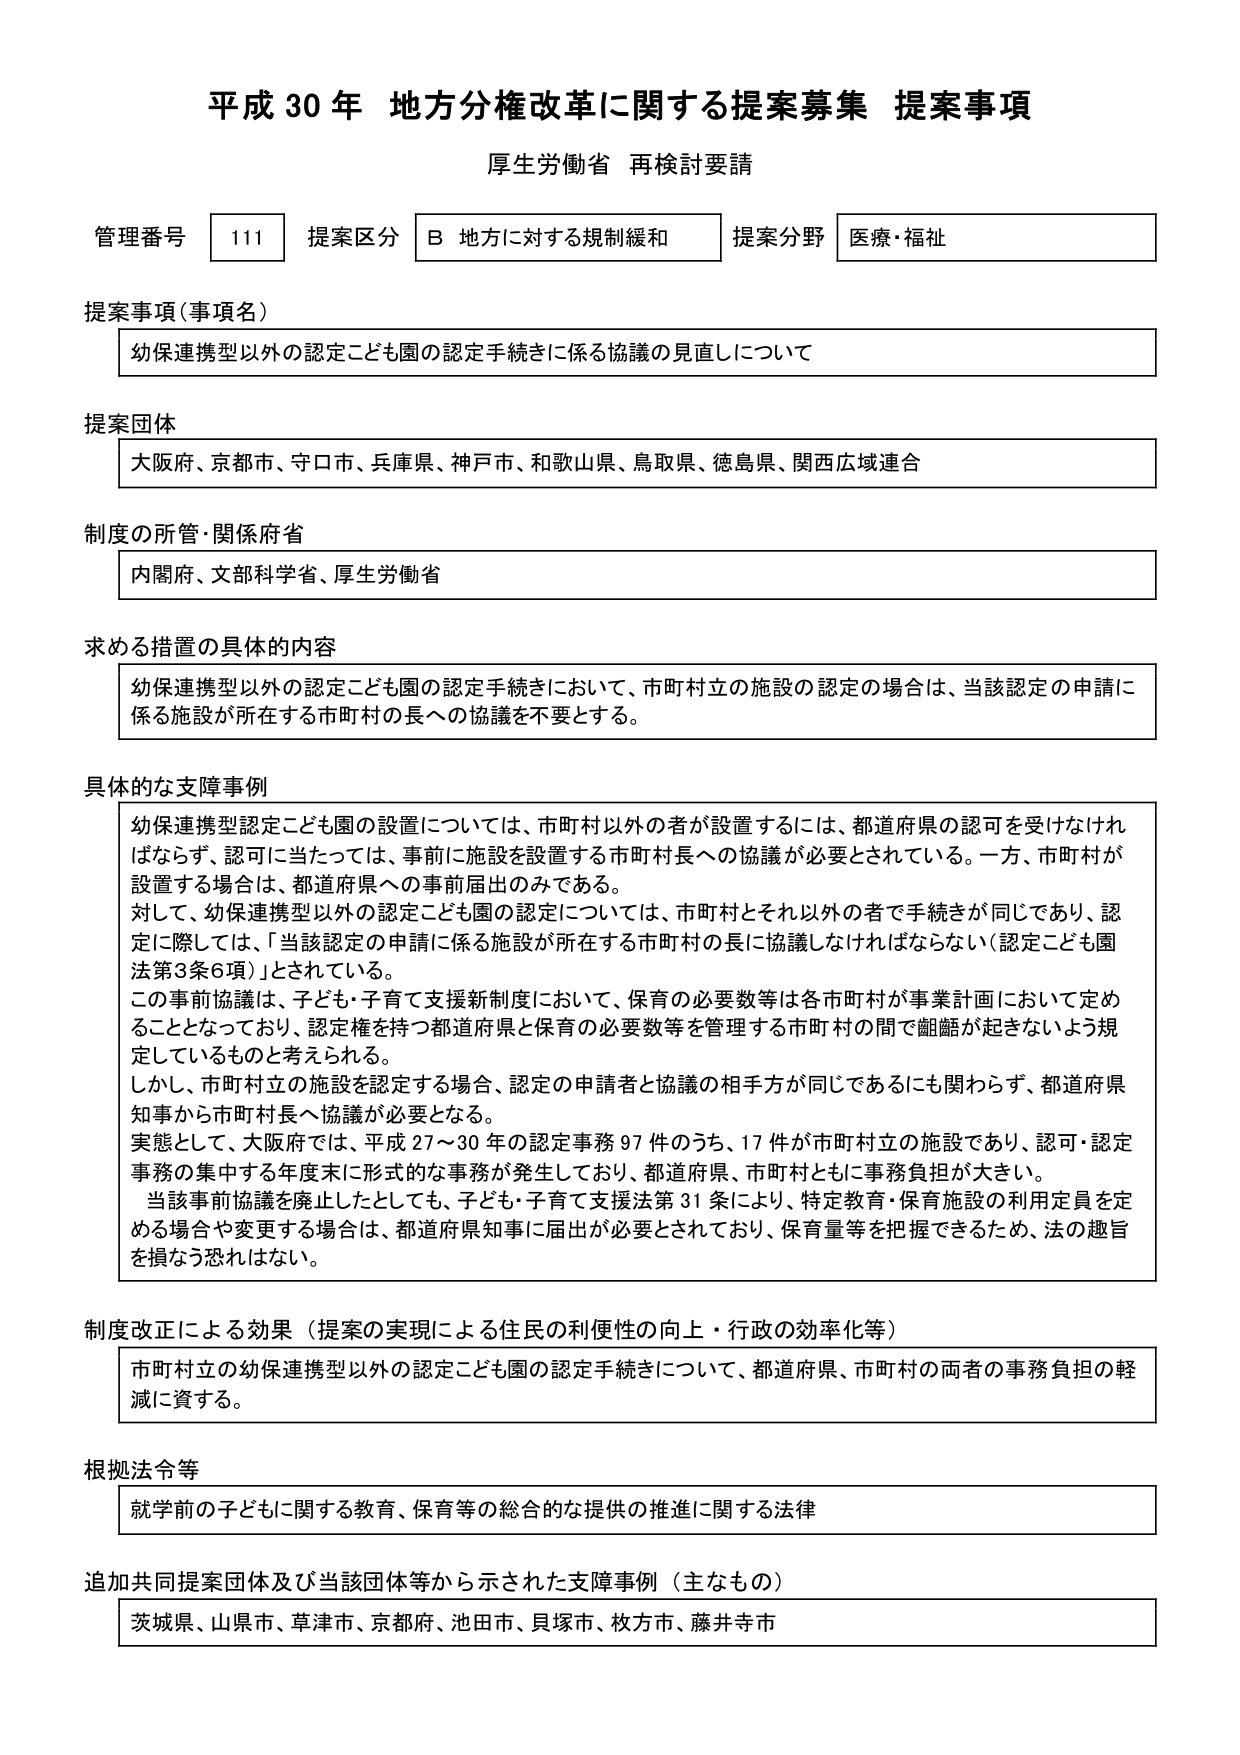
平成30年 地方分権改革に関する提案募集 提案事項
厚生労働省 再検討要請

管理番号 111 提案区分 B 地方に対する規制緩和 提案分野 医療・福祉

提案事項（事項名）
幼保連携型以外の認定こども園の認定手続きに係る協議の見直しについて

提案団体
大阪府、京都市、守口市、兵庫県、神戸市、和歌山県、鳥取県、徳島県、関西広域連合

制度の所管・関係府省
内閣府、文部科学省、厚生労働省

求める措置の具体的内容
幼保連携型以外の認定こども園の認定手続きにおいて、市町村立の施設の認定の場合は、当該認定の申請に係る施設が所在する市町村の長への協議を不要とする。

具体的な支障事例
幼保連携型認定こども園の設置については、市町村以外の者が設置するには、都道府県の認可を受けなければならないず、認可に当たっては、事前に施設を設置する市町村長への協議が必要とされている。一方、市町村が設置する場合は、都道府県への事前届出のみである。
対して、幼保連携型以外の認定こども園の認定については、市町村とそれ以外の者で手続きが同じであり、認定に際しては、「当該認定の申請に係る施設が所在する市町村の長に協議しなければならない（認定こども園法第3条6項）」とされている。
この事前協議は、子ども・子育て支援新制度において、保育の必要数等は各市町村が事業計画において定めることとなっており、認定権を持つ都道府県と保育の必要数等を管理する市町村の間で齟齬が起きないよう規定しているものと考えられる。
しかし、市町村立の施設を認定する場合、認定の申請者と協議の相手方が同じであるにも関わらず、都道府県知事から市町村長へ協議が必要となる。
実態として、大阪府では、平成27～30年の認定事務97件のうち、17件が市町村立の施設であり、認可・認定事務の集中する年度末に形式的な事務が発生しており、都道府県、市町村ともに事務負担が大きい。
当該事前協議を廃止したとしても、子ども・子育て支援法第31条により、特定教育・保育施設の利用定員を定める場合や変更する場合は、都道府県知事に届出が必要とされており、保育量等を把握できるため、法の趣旨を損なう恐れはない。

制度改正による効果（提案の実現による住民の利便性の向上・行政の効率化等）
市町村立の幼保連携型以外の認定こども園の認定手続きについて、都道府県、市町村の両者の事務負担の軽減に資する。

根拠法令等
就学前の子どもに関する教育、保育等の総合的な提供の推進に関する法律

追加共同提案団体及び当該団体等から示された支障事例（主なもの）
茨城県、山県市、草津市、京都府、池田市、貝塚市、枚方市、藤井寺市